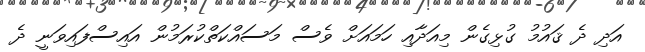
އަދި ދެ ޤައުމު ގުޅިގެން މިއަދާއި ހަމައަށް ވެސް މަސައްކަތްކުރަމުން އައިސްފައިވަނީ ދެ